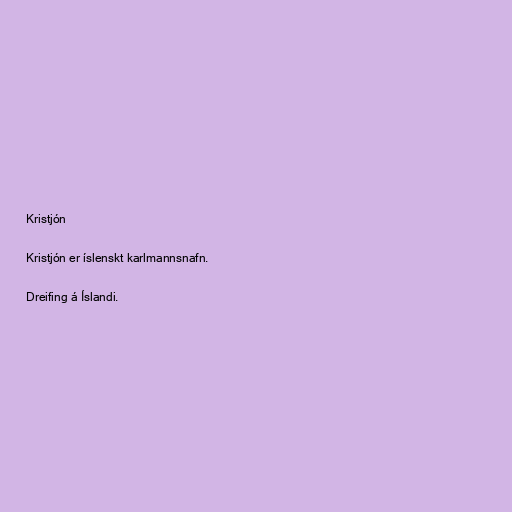
Kristjón

Kristjón er íslenskt karlmannsnafn.

Dreifing á Íslandi.